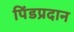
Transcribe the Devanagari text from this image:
पिंडप्रदान